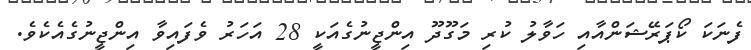
ފެނަކަ ކޯޕަރޭޝަންއާއި ހަވާލު ކުރި މަގޫދޫ އިންޖީނުގެއަކީ 28 އަހަރު ވެފައިވާ އިންޖީނުގެއެކެވެ.